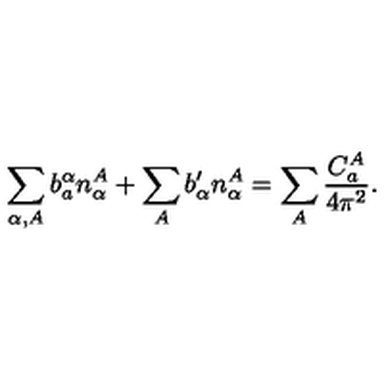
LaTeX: \sum _ { \alpha , A } b _ { a } ^ { \alpha } n _ { \alpha } ^ { A } + \sum _ { A } b _ { \alpha } ^ { \prime } n _ { \alpha } ^ { A } = \sum _ { A } { \frac { C _ { a } ^ { A } } { 4 \pi ^ { 2 } } } .